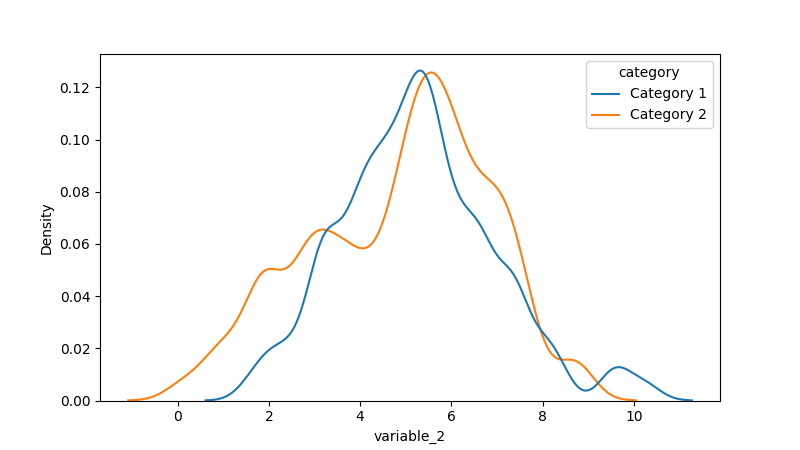
python, seaborn, kdeplot, hue='category', fill=False, bw_adjust=0.5